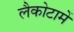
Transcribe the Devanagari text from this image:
लैकोटामें